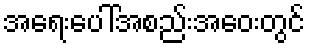
အရေးပေါ်အစည်းအဝေးတွင်